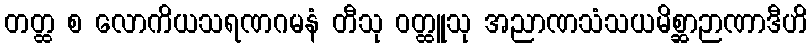
တတ္ထ စ လောကိယသရဏဂမနံ တီသု ဝတ္ထူသု အညာဏသံသယမိစ္ဆာဉာဏာဒီဟိ